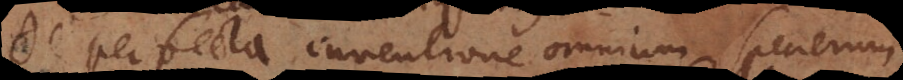
De perfecta inventione omnium specierum